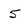
Character: 5